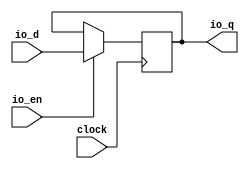
module ClockCrossingReg_w55(
  input         clock,
  input  [54:0] io_d,
  output [54:0] io_q,
  input         io_en
);
`ifdef RANDOMIZE_REG_INIT
  reg [63:0] _RAND_0;
`endif // RANDOMIZE_REG_INIT
  reg [54:0] cdc_reg; // @[Reg.scala 16:16]
  assign io_q = cdc_reg; // @[SynchronizerReg.scala 202:8]
  always @(posedge clock) begin
    if (io_en) begin // @[Reg.scala 17:18]
      cdc_reg <= io_d; // @[Reg.scala 17:22]
    end
  end
// Register and memory initialization
`ifdef RANDOMIZE_GARBAGE_ASSIGN
`define RANDOMIZE
`endif
`ifdef RANDOMIZE_INVALID_ASSIGN
`define RANDOMIZE
`endif
`ifdef RANDOMIZE_REG_INIT
`define RANDOMIZE
`endif
`ifdef RANDOMIZE_MEM_INIT
`define RANDOMIZE
`endif
`ifndef RANDOM
`define RANDOM $random
`endif
`ifdef RANDOMIZE_MEM_INIT
  integer initvar;
`endif
`ifndef SYNTHESIS
`ifdef FIRRTL_BEFORE_INITIAL
`FIRRTL_BEFORE_INITIAL
`endif
initial begin
  `ifdef RANDOMIZE
    `ifdef INIT_RANDOM
      `INIT_RANDOM
    `endif
    `ifndef VERILATOR
      `ifdef RANDOMIZE_DELAY
        #`RANDOMIZE_DELAY begin end
      `else
        #0.002 begin end
      `endif
    `endif
`ifdef RANDOMIZE_REG_INIT
  _RAND_0 = {2{`RANDOM}};
  cdc_reg = _RAND_0[54:0];
`endif // RANDOMIZE_REG_INIT
  `endif // RANDOMIZE
end // initial
`ifdef FIRRTL_AFTER_INITIAL
`FIRRTL_AFTER_INITIAL
`endif
`endif // SYNTHESIS
endmodule